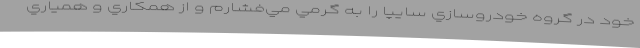
خود در گروه خودروسازي سايپا را به گرمي مي‌فشارم و از همكاري و همياري